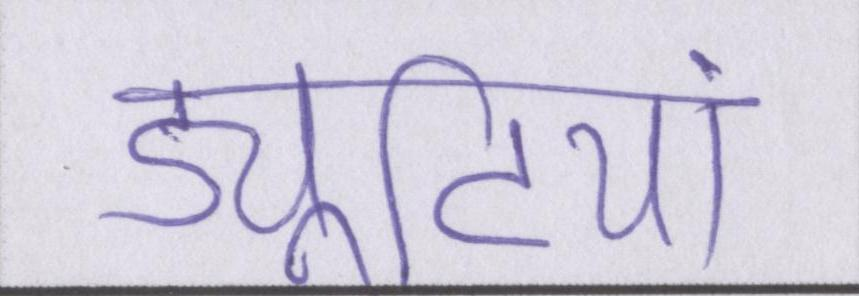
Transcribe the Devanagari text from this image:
ड्यूटियां